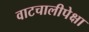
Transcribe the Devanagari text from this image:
वाटचालीपेक्षा